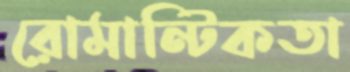
রোমান্টিকতা